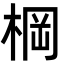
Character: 棡